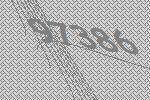
97386